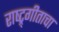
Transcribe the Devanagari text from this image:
राष्ट्र्गीताचा